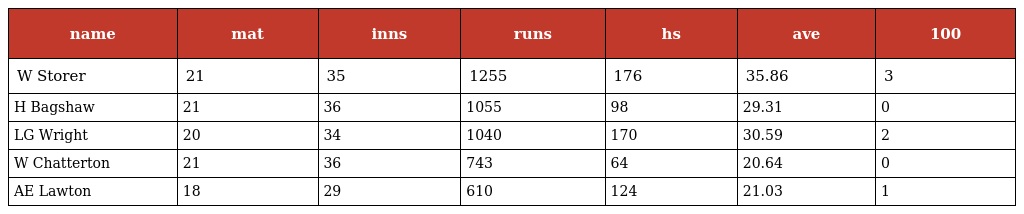
| name | mat | inns | runs | hs | ave | 100 |
 | --- | --- | --- | --- | --- | --- | --- |
 | W Storer | 21 | 35 | 1255 | 176 | 35.86 | 3 |
 | H Bagshaw | 21 | 36 | 1055 | 98 | 29.31 | 0 |
 | LG Wright | 20 | 34 | 1040 | 170 | 30.59 | 2 |
 | W Chatterton | 21 | 36 | 743 | 64 | 20.64 | 0 |
 | AE Lawton | 18 | 29 | 610 | 124 | 21.03 | 1 |